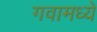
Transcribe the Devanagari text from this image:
गवामध्ये